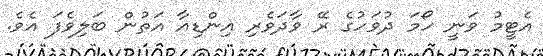
އެޓީމު ވަނީ ހޯމަ ދުވަހުގެ ރޭ ވާދަވެރި އިންޑިއާ އަތުން ބަލިވެފަ އެވެ.